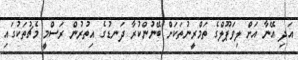
އަދި އޭނާ އަށް ލިވަޕޫލްގެ ތަމްރީނުތަކަށް ބޭނުންކުރާ ދަނޑުގެ އިތުރުން ރަސްމީ މެޗުތަކުގައި